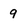
Character: 9